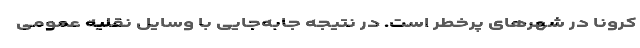
کرونا در شهرهای پرخطر است. در نتیجه جابه‌جایی با وسایل نقلیه عمومی